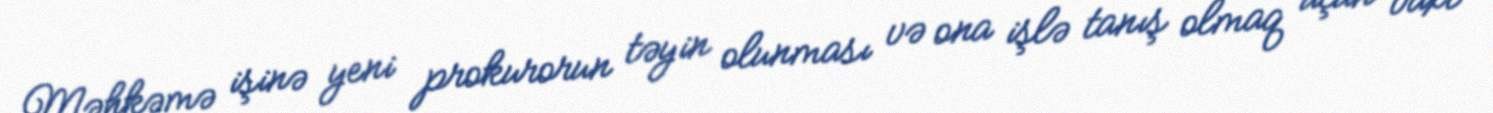
Məhkəmə işinə yeni prokurorun təyin olunması və ona işlə tanış olmaq üçün vaxt